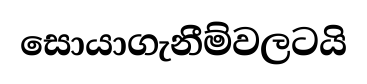
සොයාගැනීම්වලටයි